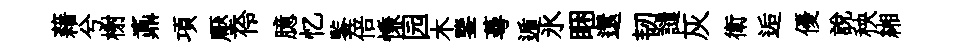
藉兮榭鼒項壓伶臆忆鍳倍慊园木鑒蕚遁氷睏還韧譴灰衛逅優説秧緗